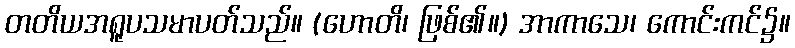
တတိယအရူပသမာပတ်သည်။ (ဟောတိ၊ ဖြစ်၏။) အာကာသေ၊ ကောင်းကင်၌။